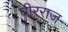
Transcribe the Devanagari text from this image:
वीरराज